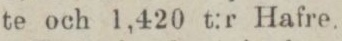
te och 1,420 t:r Hafre.